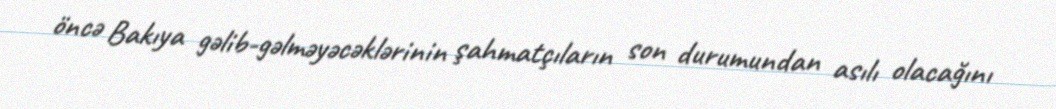
öncə Bakıya gəlib-gəlməyəcəklərinin şahmatçıların son durumundan asılı olacağını